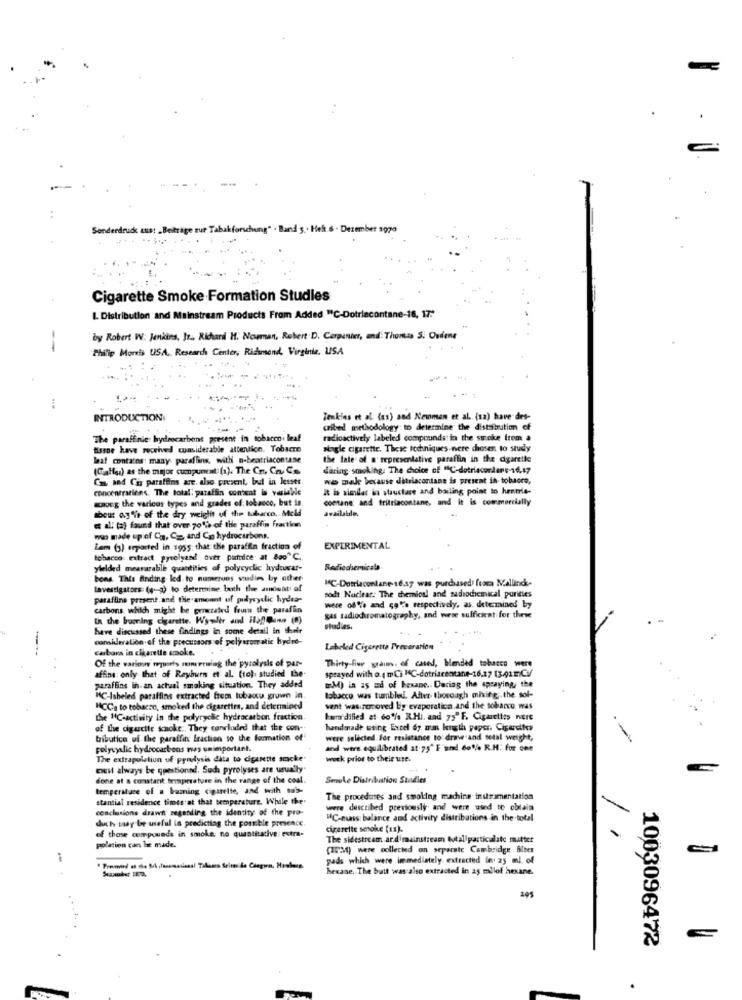
Senderdruck aust _Beitrage zur Tabakforschung" . Band 5. . Heh.6 . Dezember 1970
Cigarette Smoke Formation Studies
L. Distribution and Mainstream Products From Added "C-Dotriecontane-18, 17:"
by Robert W: Jenkins, Jr ., Richard H. Norman, Robert D. Carpenter, and: Thomas S. Oudene
--
Philip Morris USA, Research Center, Richmond, Virginia, USA
:
INTRODUCTION
Tenkins et al. (as) and Newman et al. (na) have des-
cribed methodology to determine the distaibrution off
The paraffinie: hydrocarbons present in tobacco. leaf
radioactively labeled compounds in the smoke from a
tissue have received considerable attention. Tobacre
Nogle cigarette. These techniques were chosen to study
laat contains many purafins, with n-beatriacontase
the late of a representative paraffin in the dgareile
(CiaHas) as the major cumpunent (a). The Co. Co. Co.
daring smoking. The choice of "C-dotriacordarc-16,47
Ca and Co parafins are, also present, but in lesser.
was male because ditriacontane is present in tobaoro,
concentrations. The total: paraffin content is varialde
it is similar in structure and bailing point to hentrie-
maorg the various types and grades of: tobacco, but Is.
contane and frittiacontane, and it is commercially
about ag"ft of the dry weiglit of the tubarco. Meld
available.
e all (a) faund that over 70% of the paraffin fraction
was made up of Ca, Co. and Co hydrocarbons.
Lam (3) reported in 1955; that the paraffin fraction of
EXPERIMENTAL
tobacco: extract pytelyand over pufdce at 8oo"℃ ..
yielded measurable quantities of polycyclic hydrusar-
Rediechemicala
bons. This finding led to numeruos studies by other
MC-Detriacontane- 16.37 was purchased) fraca Malling-
Investigators: (4-3) to determine both the amount of
paraffine present and the amount of pilycyclic hydra-
sodt Nuclear. The chemical and sadochemical purities
carbons which might be generated from the parafin
were of % and cake respectively. as determined by
In the burning cigarette. Wy-wltr and Hof mann (0)
gas tadiochromatography, and wese sufficient for these
have discussed these findings in some detail in their
studies.
consideration of the precursors of polyaromatic hydro-
carbons in cigarette smoke.
Labeled Cigarette Preverarion
Of the various wparts mmerusing the pyrolysis of par-
Thirty fur grain. of cased, Mended tobacco were
affine: only that of Rayburn et al. (to), studied the-
sprayed with o. mCi MC-dotriacentane-16.17 (3.011CV
paraffins in an actual smoking situation. They added
M) in as ad of hexane .. Dariag the spraying, the
HC-Isheled paraffins extracted from lubaccu grown in
tobacco was tumblel. After thorough mixing ,. the sol-
"CC: to tobacco, smoked the cigarettes, and determined
vent was zurcoved by evaporation.and the tobacco, was
the "C-activity In the polyrycke hydrocarbon fraction
kur'dified at 60% RHi, and 75"F. Cigarettes nere
of the cigarette smoke :. They concluded that the con-
handmade using Excel 6y. man length paper. Cigarettes
tributice of the paraffin fraction to the formation of
were selected.For resistance to draw and total weight,
polycyclic hydrocarbons was unimportant.
and were equilibrated at 75" E'und 60% R.M. For one
The extrapoletiun of pyrolysis data to cigarette socke
week prior to their ute.
DES always be questioned. Suda pyrolyses are usually"
done at a constant.fromprature in the range of the coal.
Smoke Distribution Studies
temperature of a buming cigarette, and with sub-
stantial residence times:at that temperature. While the.
The procedures and smoking machine instrumentation
conclusions drawn seganding the identity of the pro-
were described previously and were used to obtain
duch may be useful in predicting the possible presence.
HC-nuss balance and activity distributions in the total
cigarette smoke (11).
of those compounds in smoke; no quantitative eutra-
The sidestream ardimainstream totaliparticulate mutter
polation can be made.
(PM) were collected on separate Cambridge filter
pads which were immediately. extracted in. 25 ml. of
hexase. The butt was also extracted in a5 milof hexane.
245
1003096472
.